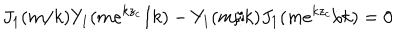
LaTeX: J _ { 1 } ( m / k ) Y _ { 1 } ( m e ^ { k z _ { c } } / k ) - Y _ { 1 } ( m / k ) J _ { 1 } ( m e ^ { k z _ { c } } / k ) = 0